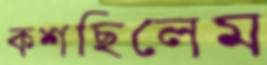
কশছিলেম